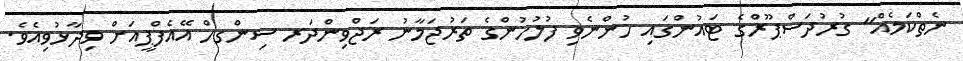
ނެތްކަމެއް" ގުރުދަސްޕޫރްގެ ޓައުންގައި ހުންނެވި ފުލުހުންގެ ތަރުޖަމާނު ރަޖްވިންދަރ ސިންގހް އޭއެފްޕީއަށް ވިދާޅުވިއެވެ.